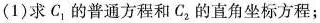
(1)求C_{1}的普通方程和C_{2}的直角坐标方程；